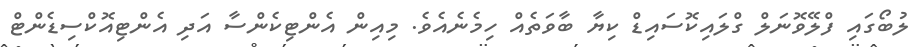
ލުބޯގައި ފްލޭވޮނަލް ގްލައިކޮސައިޑް ކިޔާ ބާވަތެއް ހިމެނެއެވެ. މިއިން އެންޓިކެންސާ އަދި އެންޓިއޮކްސިޑެންޓް